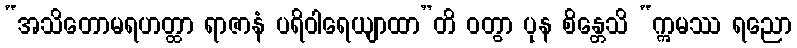
“အသိတောမရဟတ္ထာ ရာဇာနံ ပရိဝါရေယျာထာ”တိ ဝတွာ ပုန စိန္တေသိ “ဣမဿ ရညော